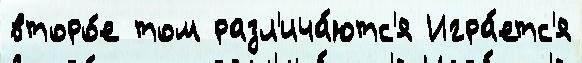
второ́е том разл'ича́ютс'я Игра́етс'я